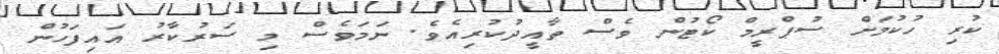
ކުރި ހުކުމަށް ސުޕްރީމް ކޯޓުން ވެސް ތާއީދުކުރިއެވެ. ނަމަވެސް މި ސަރުކާރު އައިފަހުން